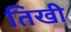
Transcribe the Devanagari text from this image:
तिखी